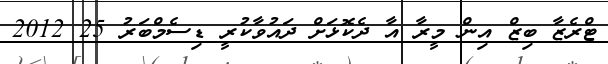
ޓްރެޒާ ބިޒް އިން މީރާ އާ ދެކޮޅަށް ދައުވާކުރީ ޑިސެމްބަރު 25 2012